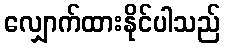
လျှောက်ထားနိုင်ပါသည်